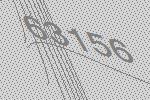
63156